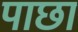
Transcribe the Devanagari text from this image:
पाछा